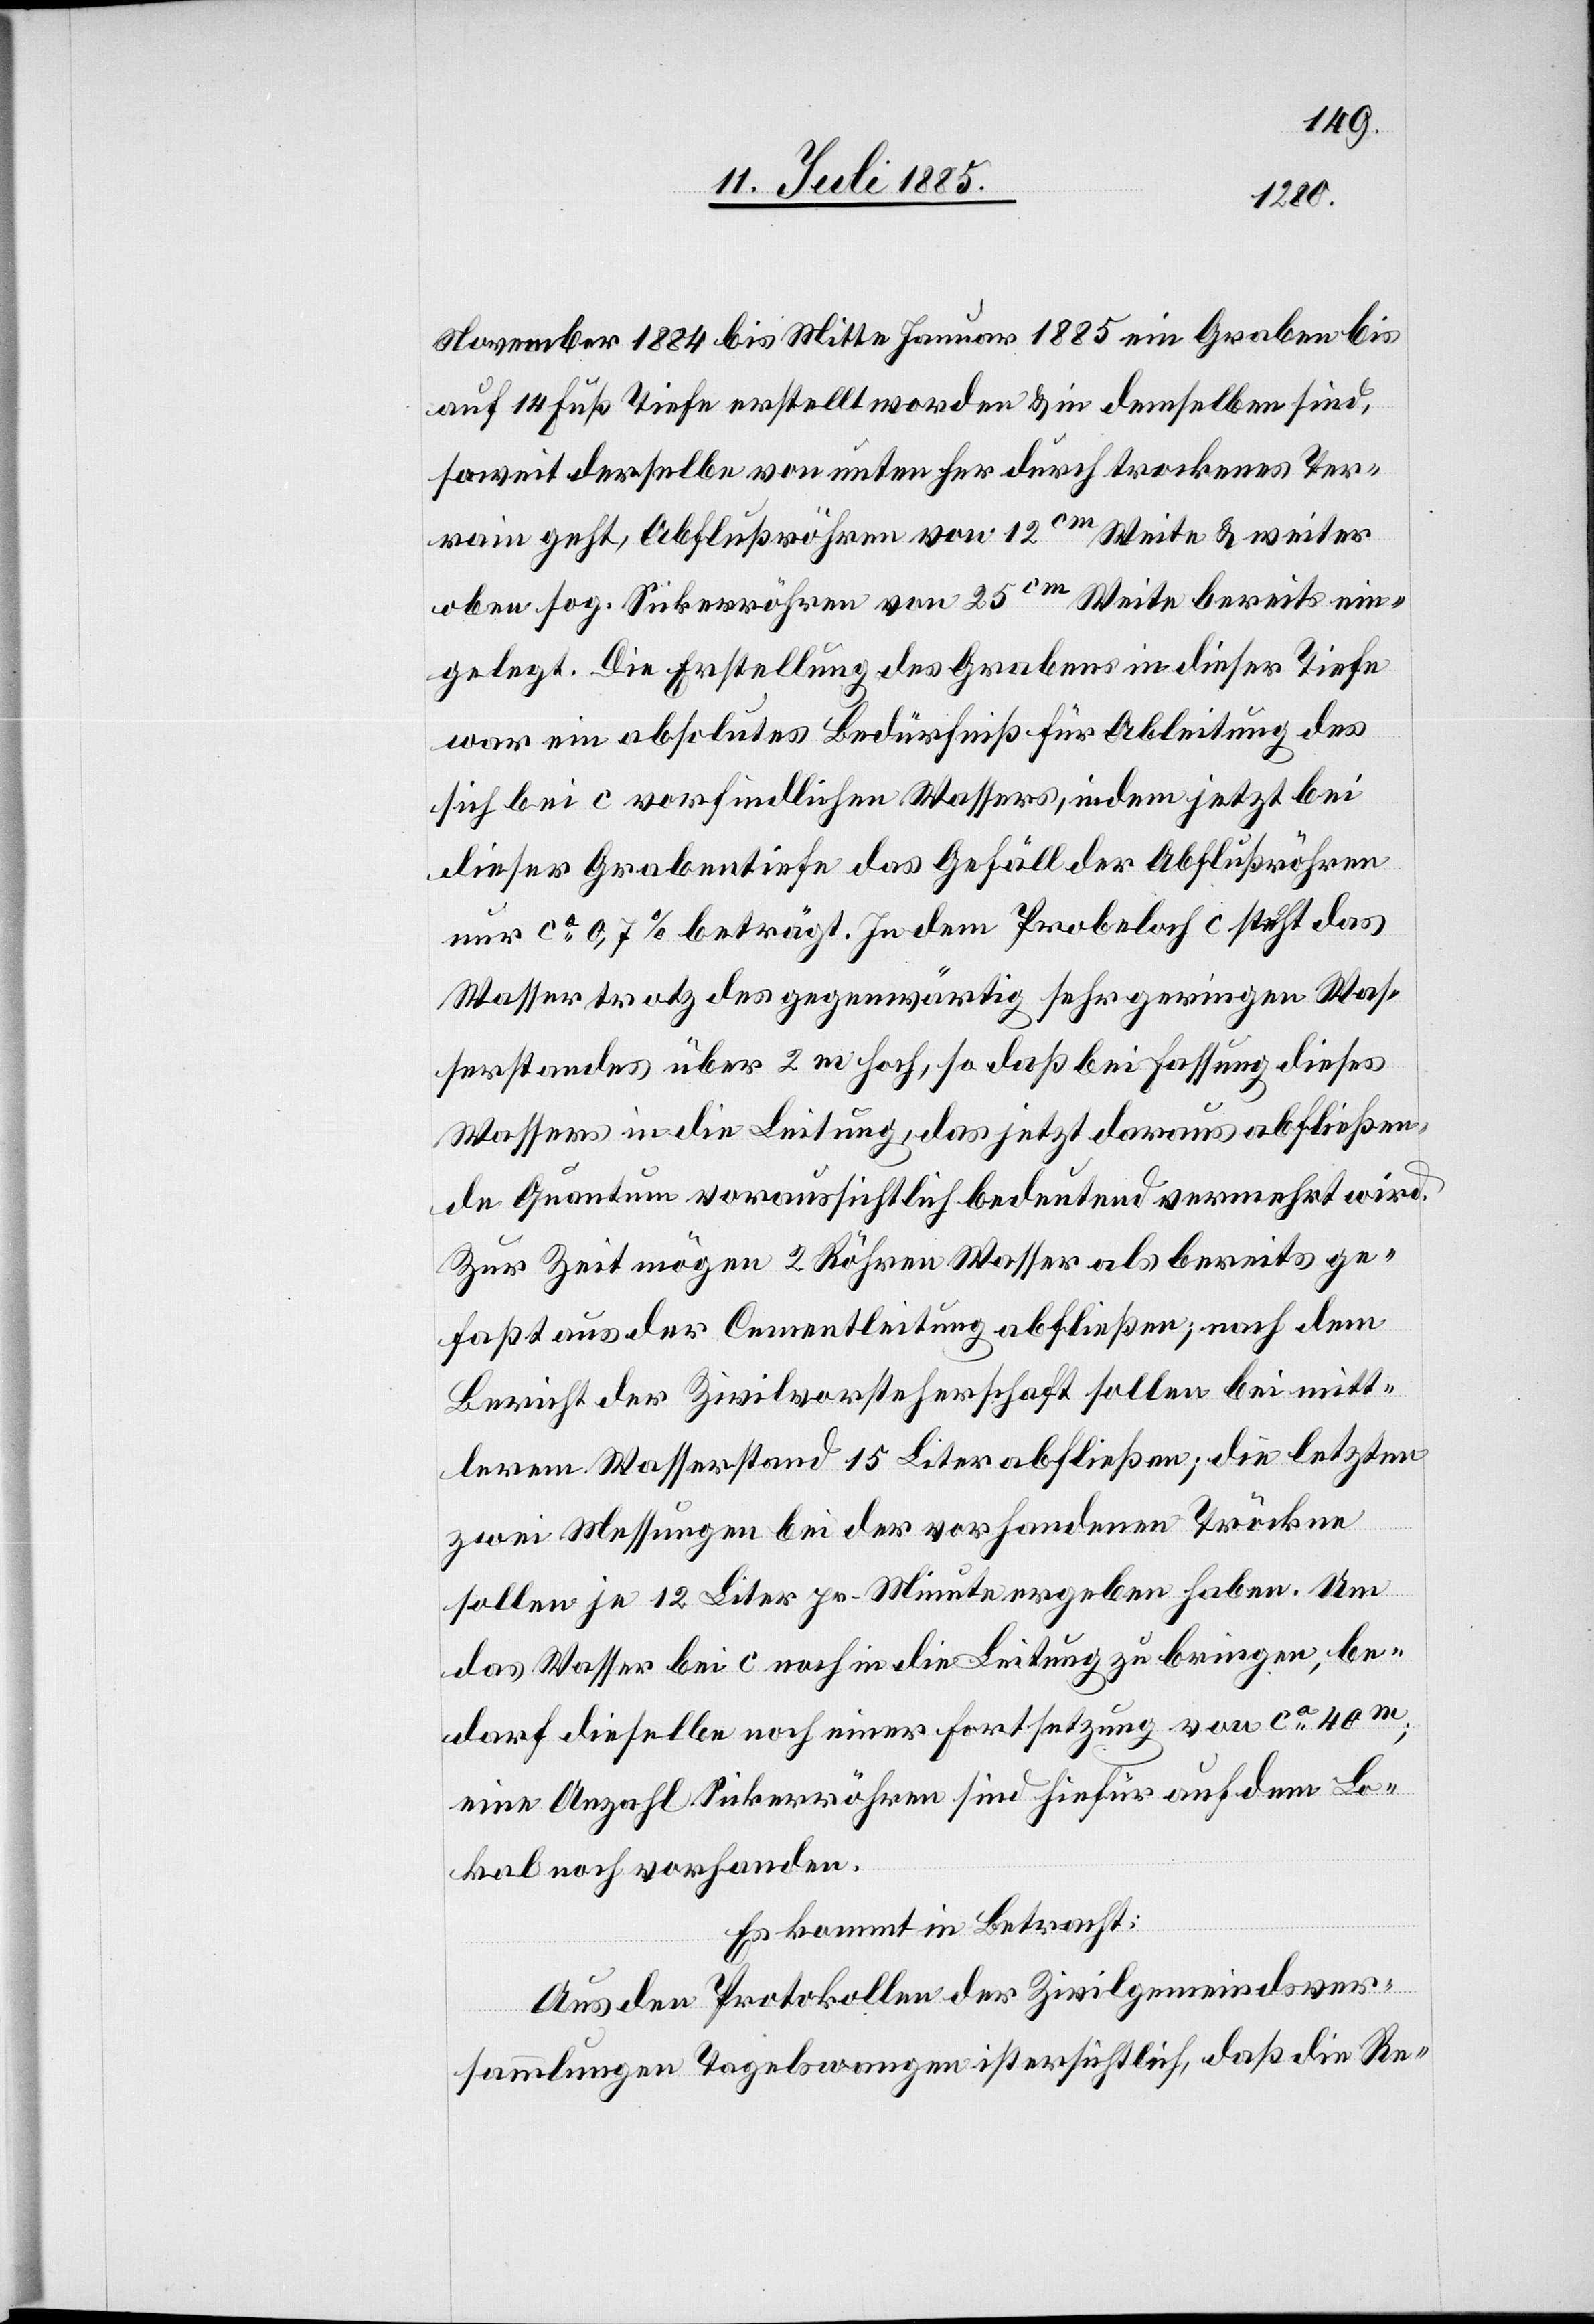
November 1884 bis Mitte Januar 1885 ein Graben bis
auf 14 Fuß Tiefe erstellt worden & in demselben sind,
soweit derselbe von unten her durch trockenes Ter¬
rain geht, Abflußröhren von 12cm Weite & weiter
oben sog. Sicherröhren von 25cm Weite bereits ein¬
gelegt. Die Erstellung des Grabens in dieser Tiefe
war ein absolutes Bedürfniß für Ableitung des
sich bei c vorfindlichen Wassers, indem jetzt bei
dieser Grabentiefe das Gefäll der Abflußröhren
nur ca 0,7% beträgt. In dem Probeloch c steht das
Wasser trotz des gegenwärtig sehr geringen Was¬
serstandes über 2 m hoch, so daß bei Fassung dieses
Wassers in die Leitung, das jetzt daraus abfließen¬
de Quantum voraussichtlich bedeutend vermehrt wird.
Zur Zeit mögen 2 Röhren Wasser als bereits ge¬
faßt aus der Cementleitung abfließen; nach dem
Bericht der Zivilvorsteherschaft sollen bei mitt¬
lerem Wasserstand 15 Liter abfließen; die letzten
zwei Messungen bei der vorhandenen Tröckne
sollen je 12 Liter pr. Minute ergeben haben. Um
das Wasser bei c noch in die Leitung zu bringen, be¬
darf dieselbe noch einer Fortsetzung von ca 40m;
eine Anzahl Sickerröhren sind hiefür auf dem Lo¬
kal noch vorhanden.
Es kommt in Betracht:
Aus den Protokollen der Zivilgemeindsver¬
sammlungen Tagelswangen ist ersichtlich, daß die Re-